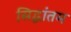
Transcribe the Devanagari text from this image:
सिद्धांतम